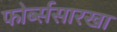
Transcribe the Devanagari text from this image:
फोर्ब्ससारखा